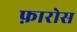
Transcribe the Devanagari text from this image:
फ़ारोस